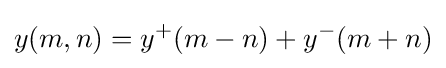
y(m,n)=y^{+}(m-n)+y^{-}(m+n)